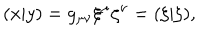
( x | y ) = g _ { \mu \nu } \xi ^ { \mu } \zeta ^ { \nu } = ( \xi | \zeta ) ,